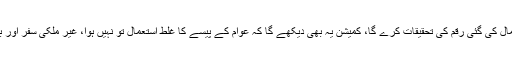
اجلاس میں فیصلہ کیا گیا تھا کہ کمیشن مختلف وزراتوں میں استعمال کی گئی رقم کی تحقیقات کرے گا، کمیشن یہ بھی دیکھے گا کہ عوام کے پیسے کا غلط استعمال تو نہیں ہوا، غیر ملکی سفر اور بیرون ملک علاج پر آنے والے اخراجات کی بھی تحقیقات ہوں گی۔